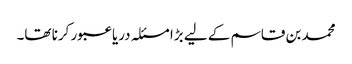
محمد بن قاسم کے لیے بڑا مسئلہ دریا عبور کرنا تھا۔